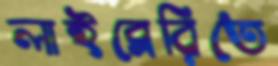
লাইব্রেরিতে